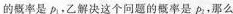
的概率是p_{1}，乙解决这个问题的概率是p_{2}，那么